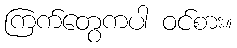
ကြက်တွေကပါ ဝင်စား။